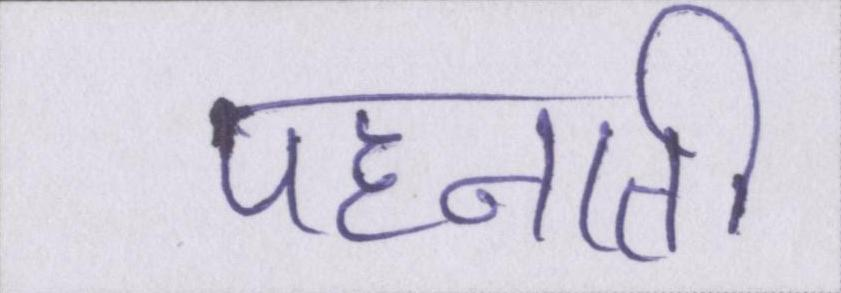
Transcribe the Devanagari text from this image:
पहनाती